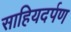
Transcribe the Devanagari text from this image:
साहियदर्पण